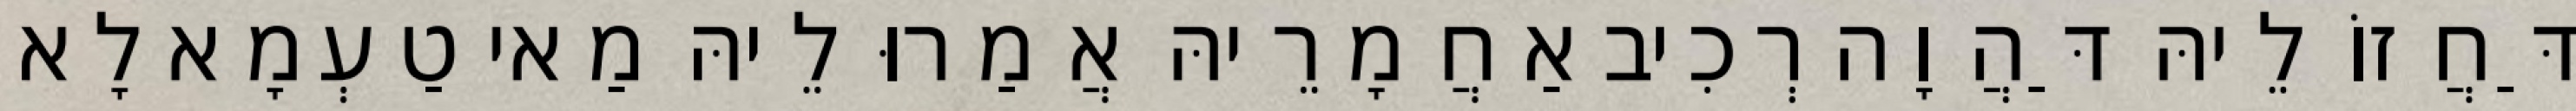
דַּחֲזוֹ לֵיהּ דַּהֲוָה רְכִיב אַחֲמָרֵיהּ אֲמַרוּ לֵיהּ מַאי טַעְמָא לָא